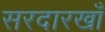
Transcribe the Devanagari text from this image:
सरदारखाँ